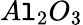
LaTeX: A\mathtt{l}_{2}O_{3}